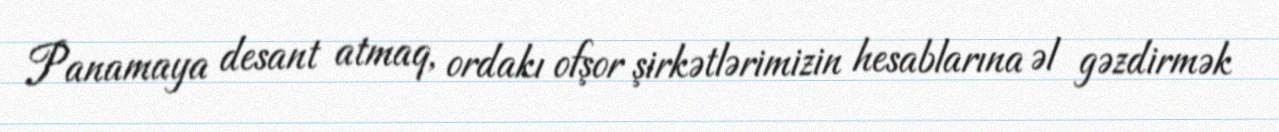
Panamaya desant atmaq, ordakı ofşor şirkətlərimizin hesablarına əl gəzdirmək